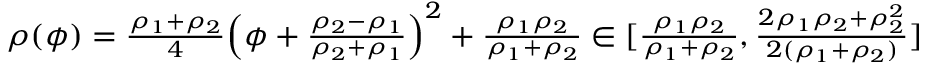
\begin{array} { r } { \rho ( \phi ) = \frac { \rho _ { 1 } + \rho _ { 2 } } { 4 } \Big ( \phi + \frac { \rho _ { 2 } - \rho _ { 1 } } { \rho _ { 2 } + \rho _ { 1 } } \Big ) ^ { 2 } + \frac { \rho _ { 1 } \rho _ { 2 } } { \rho _ { 1 } + \rho _ { 2 } } \in [ \frac { \rho _ { 1 } \rho _ { 2 } } { \rho _ { 1 } + \rho _ { 2 } } , \frac { 2 \rho _ { 1 } \rho _ { 2 } + \rho _ { 2 } ^ { 2 } } { 2 ( \rho _ { 1 } + \rho _ { 2 } ) } ] } \end{array}